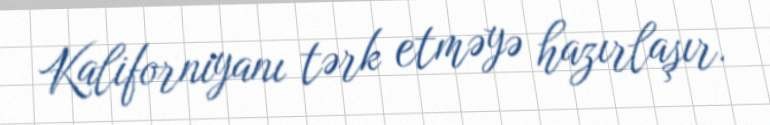
Kaliforniyanı tərk etməyə hazırlaşır.